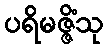
ပရိမဇ္ဇိံသု